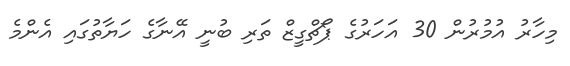
މިހާރު އުމުރުން 30 އަހަރުގެ ޕޯޗްގީޒް ތަރި ބުނީ އޭނާގެ ހަޔާތުގައި އެންމެ